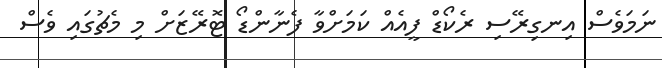
ނަމަވެސް އިނގިރޭސި ރެކޯޑް ފީއެއް ކަމަށްވާ ފެނާންޑޯ ޓޮރޭޒަށް މި މެޗުގައި ވެސް